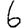
Digit: 6